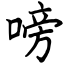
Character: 嗙